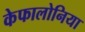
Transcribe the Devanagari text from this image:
केफालोनिया